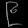
Digit: ၉